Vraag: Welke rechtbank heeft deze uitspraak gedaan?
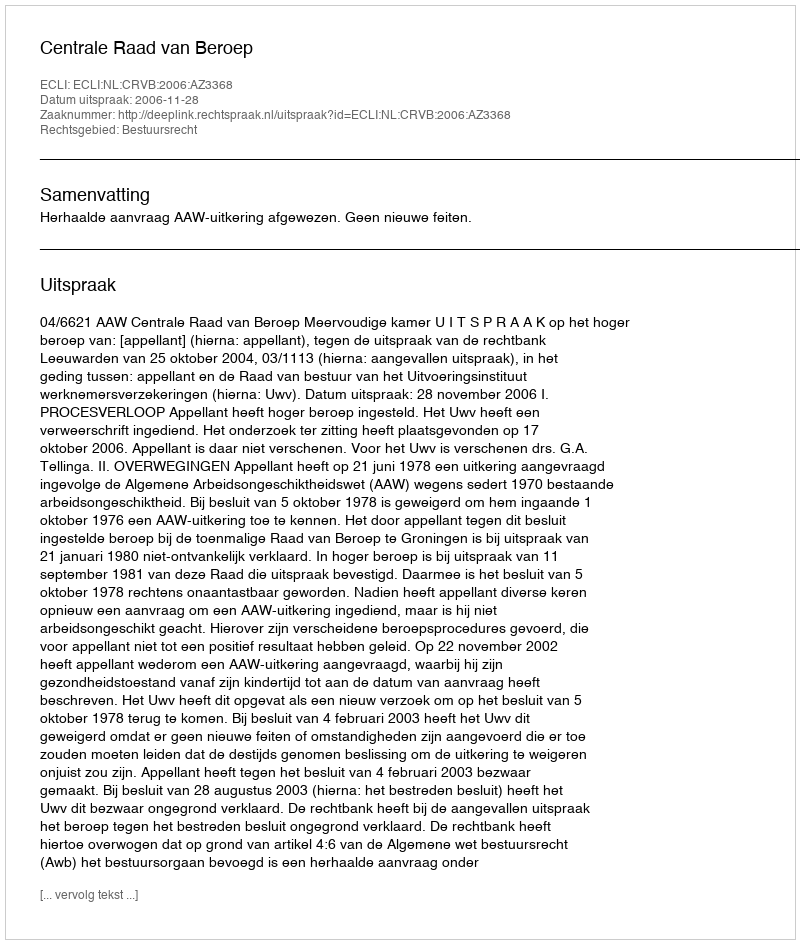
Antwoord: Centrale Raad van Beroep